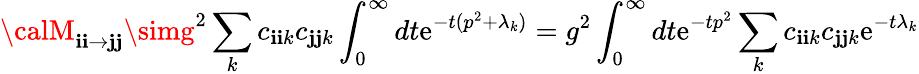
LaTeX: {\calM}_{\mathbf{i}\mathbf{i}\rightarrow\mathbf{j}\mathbf{j}}\simg^{2}\sum_{k}c_{\mathbf{i}\mathbf{i}k}c_{\mathbf{j}\mathbf{j}k}\int_{0}^{\infty}dt\mathrm{e}^{-t(p^{2}+\lambda_{k})}=g^{2}\int_{0}^{\infty}dt\mathrm{e}^{-tp^{2}}\sum_{k}c_{\mathbf{i}\mathbf{i}k}c_{\mathbf{j}\mathbf{j}k}\mathrm{e}^{-t\lambda_{k}}